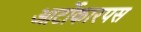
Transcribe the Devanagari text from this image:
आर्टोकारपस